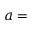
a =